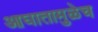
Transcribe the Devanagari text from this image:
आघातामुळेच